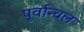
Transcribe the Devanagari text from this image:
पूर्वान्चल